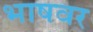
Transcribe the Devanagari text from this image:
भाषवर